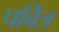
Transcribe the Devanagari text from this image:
पबित्र